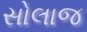
સોલાજ